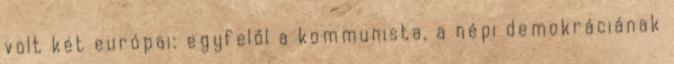
volt két európai: egyfelől a kommunista, a népi demokráciának